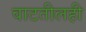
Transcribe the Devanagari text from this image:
वाटतीलही